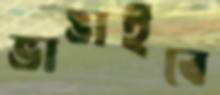
ভাঙাইবে